Indian journal of veterinary science and animal husbandry - Volumes 26-27, 1956-1957
Year: 1956
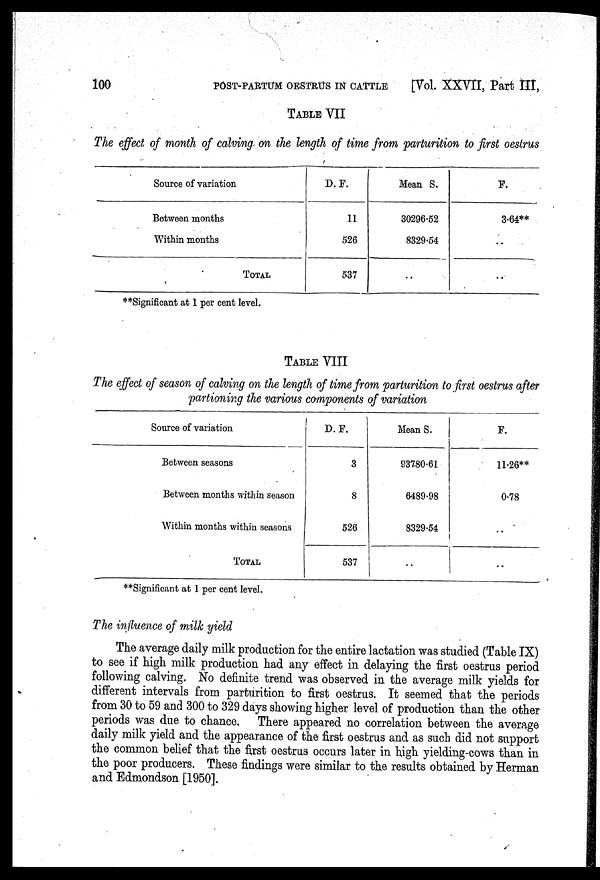
100
POST-PARTUM OESTRUS IN CATTLE
[Vol. XXVII, Part III,
TABLE VII
The effect of month of calving on the length of time from parturition to first oestrus
Source of variation
Between months
Within months
TOTAL
D. F.
11
526
537
Mean S.
30296.52
8329.54
..
F.
3.64**
..
..
**Significant at 1 per cent level.
TABLE VIII
The effect of season of calving on the length of time from parturition to first oestrus after
partioning the various components of variation
Source of variation
Between seasons
Between months within season
Within months within seasons
TOTAL
D. F.
3
8
526
537
Mean S.
93780.61
6489.98
8329.54
..
F.
11.26**
0.78
..
..
**Significant at 1 per cent level.
The influence of milk yield
The average daily milk production for the entire lactation was studied (Table IX)
to see if high milk production had any effect in delaying the first oestrus period
following calving. No definite trend was observed in the average milk yields for
different intervals from parturition to first oestrus. It seemed that the periods
from 30 to 59 and 300 to 329 days showing higher level of production than the other
periods was due to chance. There appeared no correlation between the average
daily milk yield and the appearance of the first oestrus and as such did not support
the common belief that the first oestrus occurs later in high yielding-cows than in
the poor producers. These findings were similar to the results obtained by Herman
and Edmondson [1950].